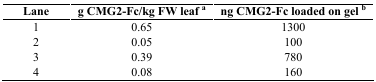
<table><thead><tr><td><b>Lane</b></td><td><b>g CMG2-Fc/kg FW leaf <sup>a</sup></b></td><td><b>ng CMG2-Fc loaded on gel <sup>b</sup></b></td></tr></thead><tbody><tr><td>1</td><td>0.65</td><td>1300</td></tr><tr><td>2</td><td>0.05</td><td>100</td></tr><tr><td>3</td><td>0.39</td><td>780</td></tr><tr><td>4</td><td>0.08</td><td>160</td></tr></tbody></table>